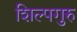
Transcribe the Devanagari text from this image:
शिल्पगुरु